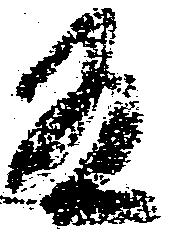
有